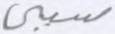
سببي